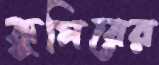
কুমিরের